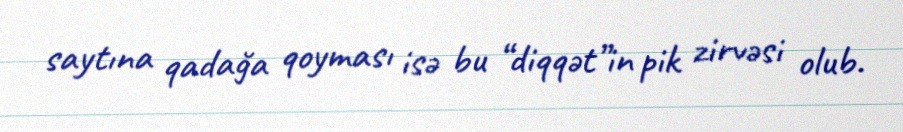
saytına qadağa qoyması isə bu “diqqət”in pik zirvəsi olub.